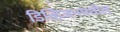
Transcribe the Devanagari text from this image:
डिव्हिजनमधील